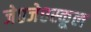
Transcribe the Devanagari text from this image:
जे०जे०स्कूल